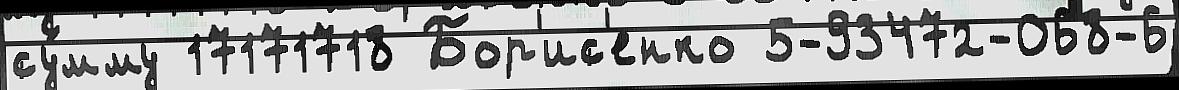
су́мму 17171718 Бор'ис'енко 5-93472-068-6